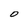
Character: O